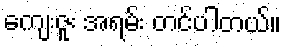
ကျေးဇူး အရမ်း တင်ပါတယ်။